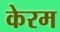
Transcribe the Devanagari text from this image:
केरम